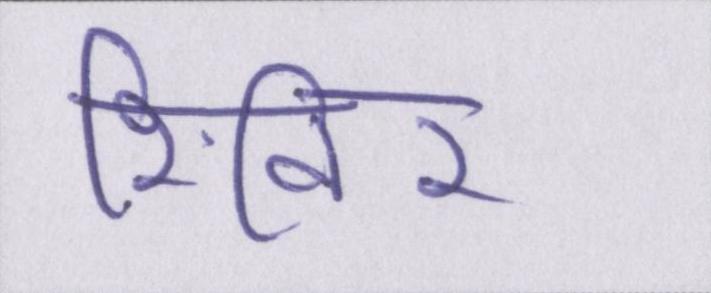
शिविर